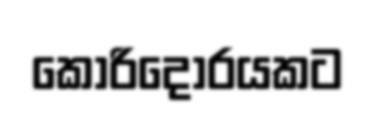
කොරිදෝරයකට